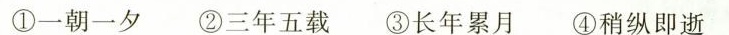
①一朝一夕 ②三年五载③长年累月 ④稍纵即逝